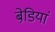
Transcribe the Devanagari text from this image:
बेडि़यां